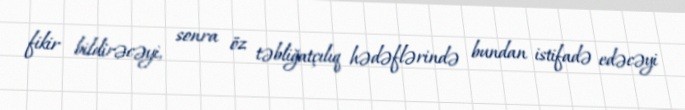
fikir bildirəcəyi, sonra öz təbliğatçılıq hədəflərində bundan istifadə edəcəyi